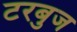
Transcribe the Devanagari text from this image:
टरबुज